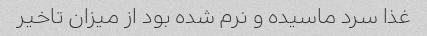
غذا سرد ماسیده و نرم شده بود از میزان تاخیر